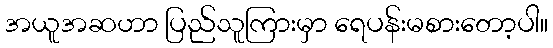
အယူအဆဟာ ပြည်သူကြားမှာ ရေပန်းမစားတော့ပါ။